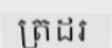
ត្រដរ